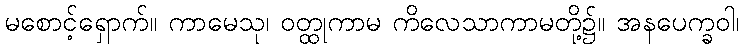
မစောင့်ရှောက်။ ကာမေသု၊ ဝတ္ထုကာမ ကိလေသာကာမတို့၌။ အနပေက္ခဝါ၊